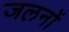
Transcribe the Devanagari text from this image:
जलनों